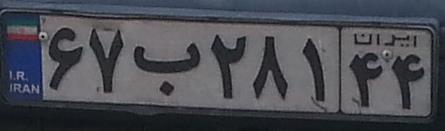
۶۷ب۲۸۱۴۴